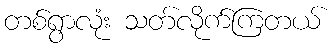
တစ်ရွာလုံး သတ်လိုက်ကြတယ်